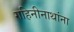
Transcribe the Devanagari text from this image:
गहिनीनाथांना